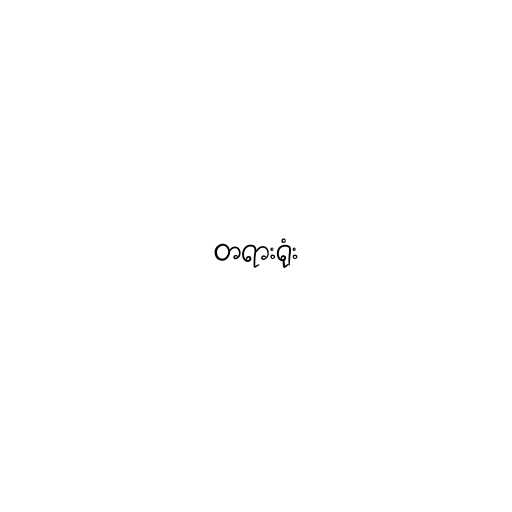
တရားရုံး